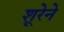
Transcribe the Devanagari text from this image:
शूरेने